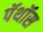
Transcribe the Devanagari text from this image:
पॅथॉस